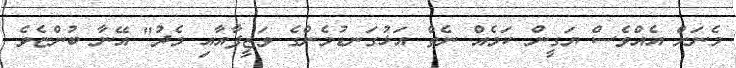
މެނަށް އެއްވެސް ޔަގީން ކަމެއް ނެތް އަޅުގަނޑުމެންގެ ވަޒީފާއާއި މެދު" އޭނާ ބުންޏެވެ.